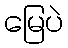
မြေပဲ